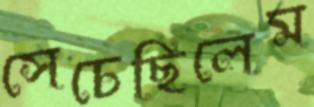
সেচেছিলেম